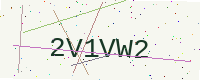
Text: 2V1VW2